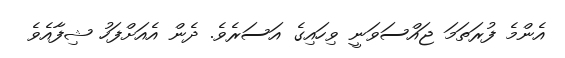
އެންމެ ފުރަތަމަ ޖައްސަވަނީ ވިހައިގެ އަސަރެވެ. ދެން އެއަށްފަހު ޝިފާއެވެ